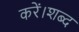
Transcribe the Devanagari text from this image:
करें।शब्द